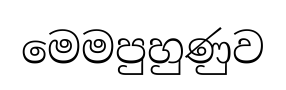
මෙමපුහුණුව